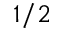
1 / 2